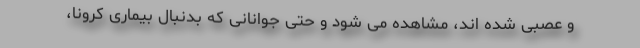
و عصبی شده اند، مشاهده می شود و حتی جوانانی که بدنبال بیماری کرونا،